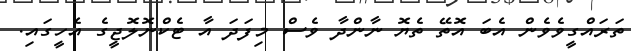
ތަރައްގީވެވެން އެބަ އޮތޭ ތެޔޮ ނާންދާ ވެސް މިފަދަ އާ ޓެކްނޮލޮޖީގެ އެހީގައި.